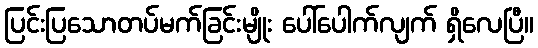
ပြင်းပြသောတပ်မက်ခြင်းမျိုး ပေါ်ပေါက်လျက် ရှိလေပြီ။